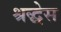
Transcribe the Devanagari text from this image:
श्रद्धेस